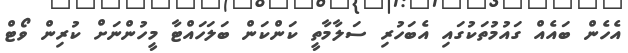
އެހެން ބައެއް ގައުމުތަކުގައި އެބަހުރި ސަލާމާތީ ކަންކަން ބަލަހައްޓާ މީހުންނަށް ކުރިން ވޯޓް